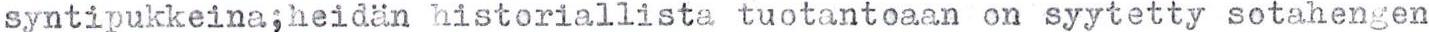
syntipukkeina,heidän historiallista tuotantoaan on syytetty sotahengen